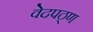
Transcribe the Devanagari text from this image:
वेदपठ्ण